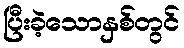
ပြီးခဲ့သောနှစ်တွင်